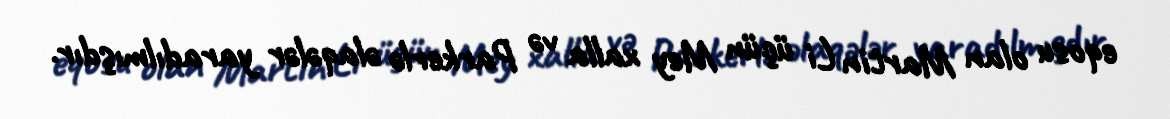
eqosu olan Martin Li üçün Mey xalla və Parkerlə əlaqələr yaradılmışdır.